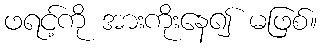
ဖရင့်ကို အားကိုးနေ၍ မဖြစ်။